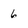
Character: 6